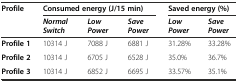
<table><thead><tr><td rowspan="2"><b>Profile</b></td><td colspan="3"><b>Consumed energy (J/15 min)</b></td><td colspan="2"><b>Saved energy (%)</b></td></tr><tr><td><b><i>Normal Switch</i></b></td><td><b><i>Low Power</i></b></td><td><b><i>Save Power</i></b></td><td><b><i>Low Power</i></b></td><td><b><i>Save Power</i></b></td></tr></thead><tbody><tr><td><b>Profile 1</b></td><td>10314 J</td><td>7088 J</td><td>6881 J</td><td>31.28%</td><td>33.28%</td></tr><tr><td><b>Profile 2</b></td><td>10314 J</td><td>6705 J</td><td>6528 J</td><td>35.0%</td><td>36.7%</td></tr><tr><td><b>Profile 3</b></td><td>10314 J</td><td>6852 J</td><td>6695 J</td><td>33.57%</td><td>35.1%</td></tr></tbody></table>